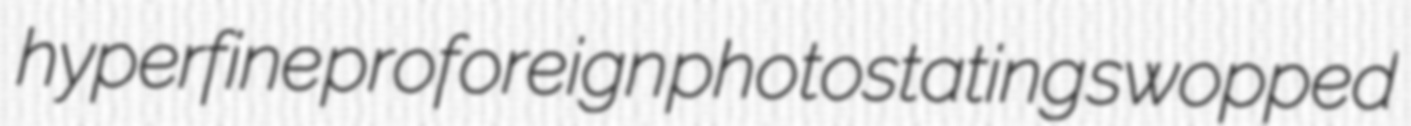
hyperfine proforeign photostating swopped